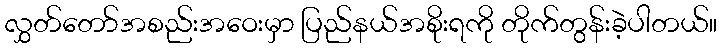
လွှတ်တော်အစည်းအဝေးမှာ ပြည်နယ်အစိုးရကို တိုက်တွန်းခဲ့ပါတယ်။